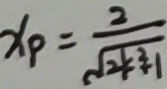
x _ { P } = \frac { 2 } { \sqrt { 2 k ^ { 2 } } + 1 }